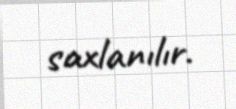
saxlanılır.